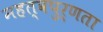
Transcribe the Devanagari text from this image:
महत्वपुर्णता